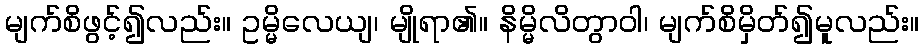
မျက်စိဖွင့်၍လည်း။ ဥမ္မိလေယျ၊ မျိုရာ၏။ နိမ္မိလိတွာဝါ၊ မျက်စိမှိတ်၍မူလည်း။